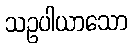
သဥပါယာသော